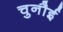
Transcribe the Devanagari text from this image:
चुनौई